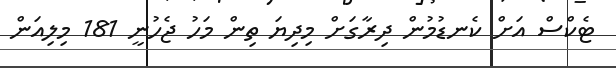
ޓެކްސް އަށް ކެނޑުމުން ދިރާގަށް މިދިޔަ ތިން މަހު ޖެހުނީ 181 މިލިއަން